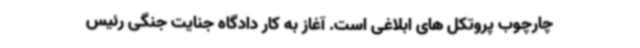
چارچوب پروتکل های ابلاغی است. آغاز به کار دادگاه جنایت جنگی رئیس